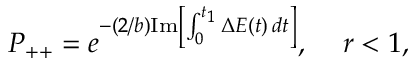
P _ { + + } \large = e ^ { - ( 2 / b ) \mathrm { I m } \left[ \int _ { 0 } ^ { t _ { 1 } } \Delta E ( t ) \, d t \right] } , \quad r < 1 ,